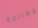
بمعالجة